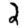
Digit: 2